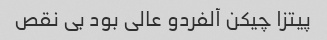
پیتزا چیکن آلفردو عالی بود بی نقص